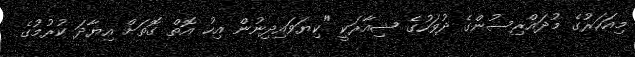
މިއަހަރުގެ މުދައްރިސުންގެ ދުވަހުގެ ޝިއާރަކީ "ކިޔަވައިދިނުން އިހު އޮތް ގޮތަށް އިޔާދަ ކުރުމުގެ